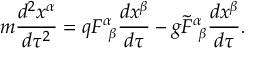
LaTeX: m \frac { d ^ { 2 } x ^ { \alpha } } { d \tau ^ { 2 } } = q F _ { ~ \beta } ^ { \alpha } \frac { d x ^ { \beta } } { d \tau } - g \widetilde { F } _ { ~ \beta } ^ { \alpha } \frac { d x ^ { \beta } } { d \tau } .